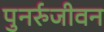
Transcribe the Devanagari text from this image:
पुनर्रुजीवन